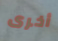
أخرى